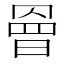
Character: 𭧀